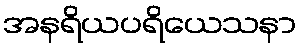
အနရိယပရိယေသနာ